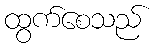
ထွက်စေသည်